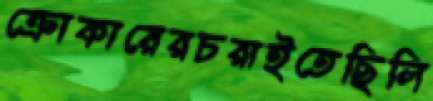
ক্রোকারেরচরাইতেছিলি